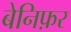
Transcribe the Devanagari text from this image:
बेनिफ़र